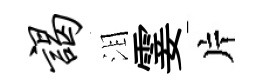
谒泪霎片